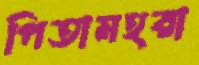
পিতামহরা